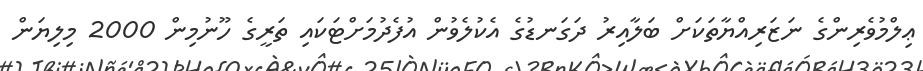
ޢިލްމުވެރިންގެ ނަޒަރިއްޔާތަކަށް ބަލާއިރު ދަގަނޑުގެ އެކުލެވުން އުފެދުމަށްޓަކައި ތަރީގެ ހޫނުމިން 2000 މިލިޔަން